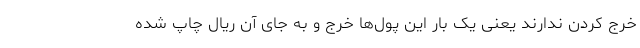
خرج کردن ندارند یعنی یک بار این پول‌ها خرج و به جای آن ریال چاپ شده